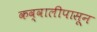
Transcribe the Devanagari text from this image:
कव्वालीपासून